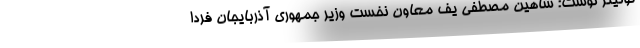
توئیتر نوشت: شاهین مصطفی یف معاون نخست وزیر جمهورى آذربایجان فردا